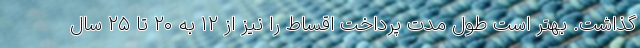
گذاشت. بهتر است طول مدت پرداخت اقساط را نیز از ۱۲ به ۲۰ تا ۲۵ سال